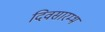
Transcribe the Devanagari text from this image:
दिवसारम्भ